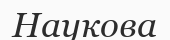
Наукова